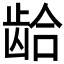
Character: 𲎨